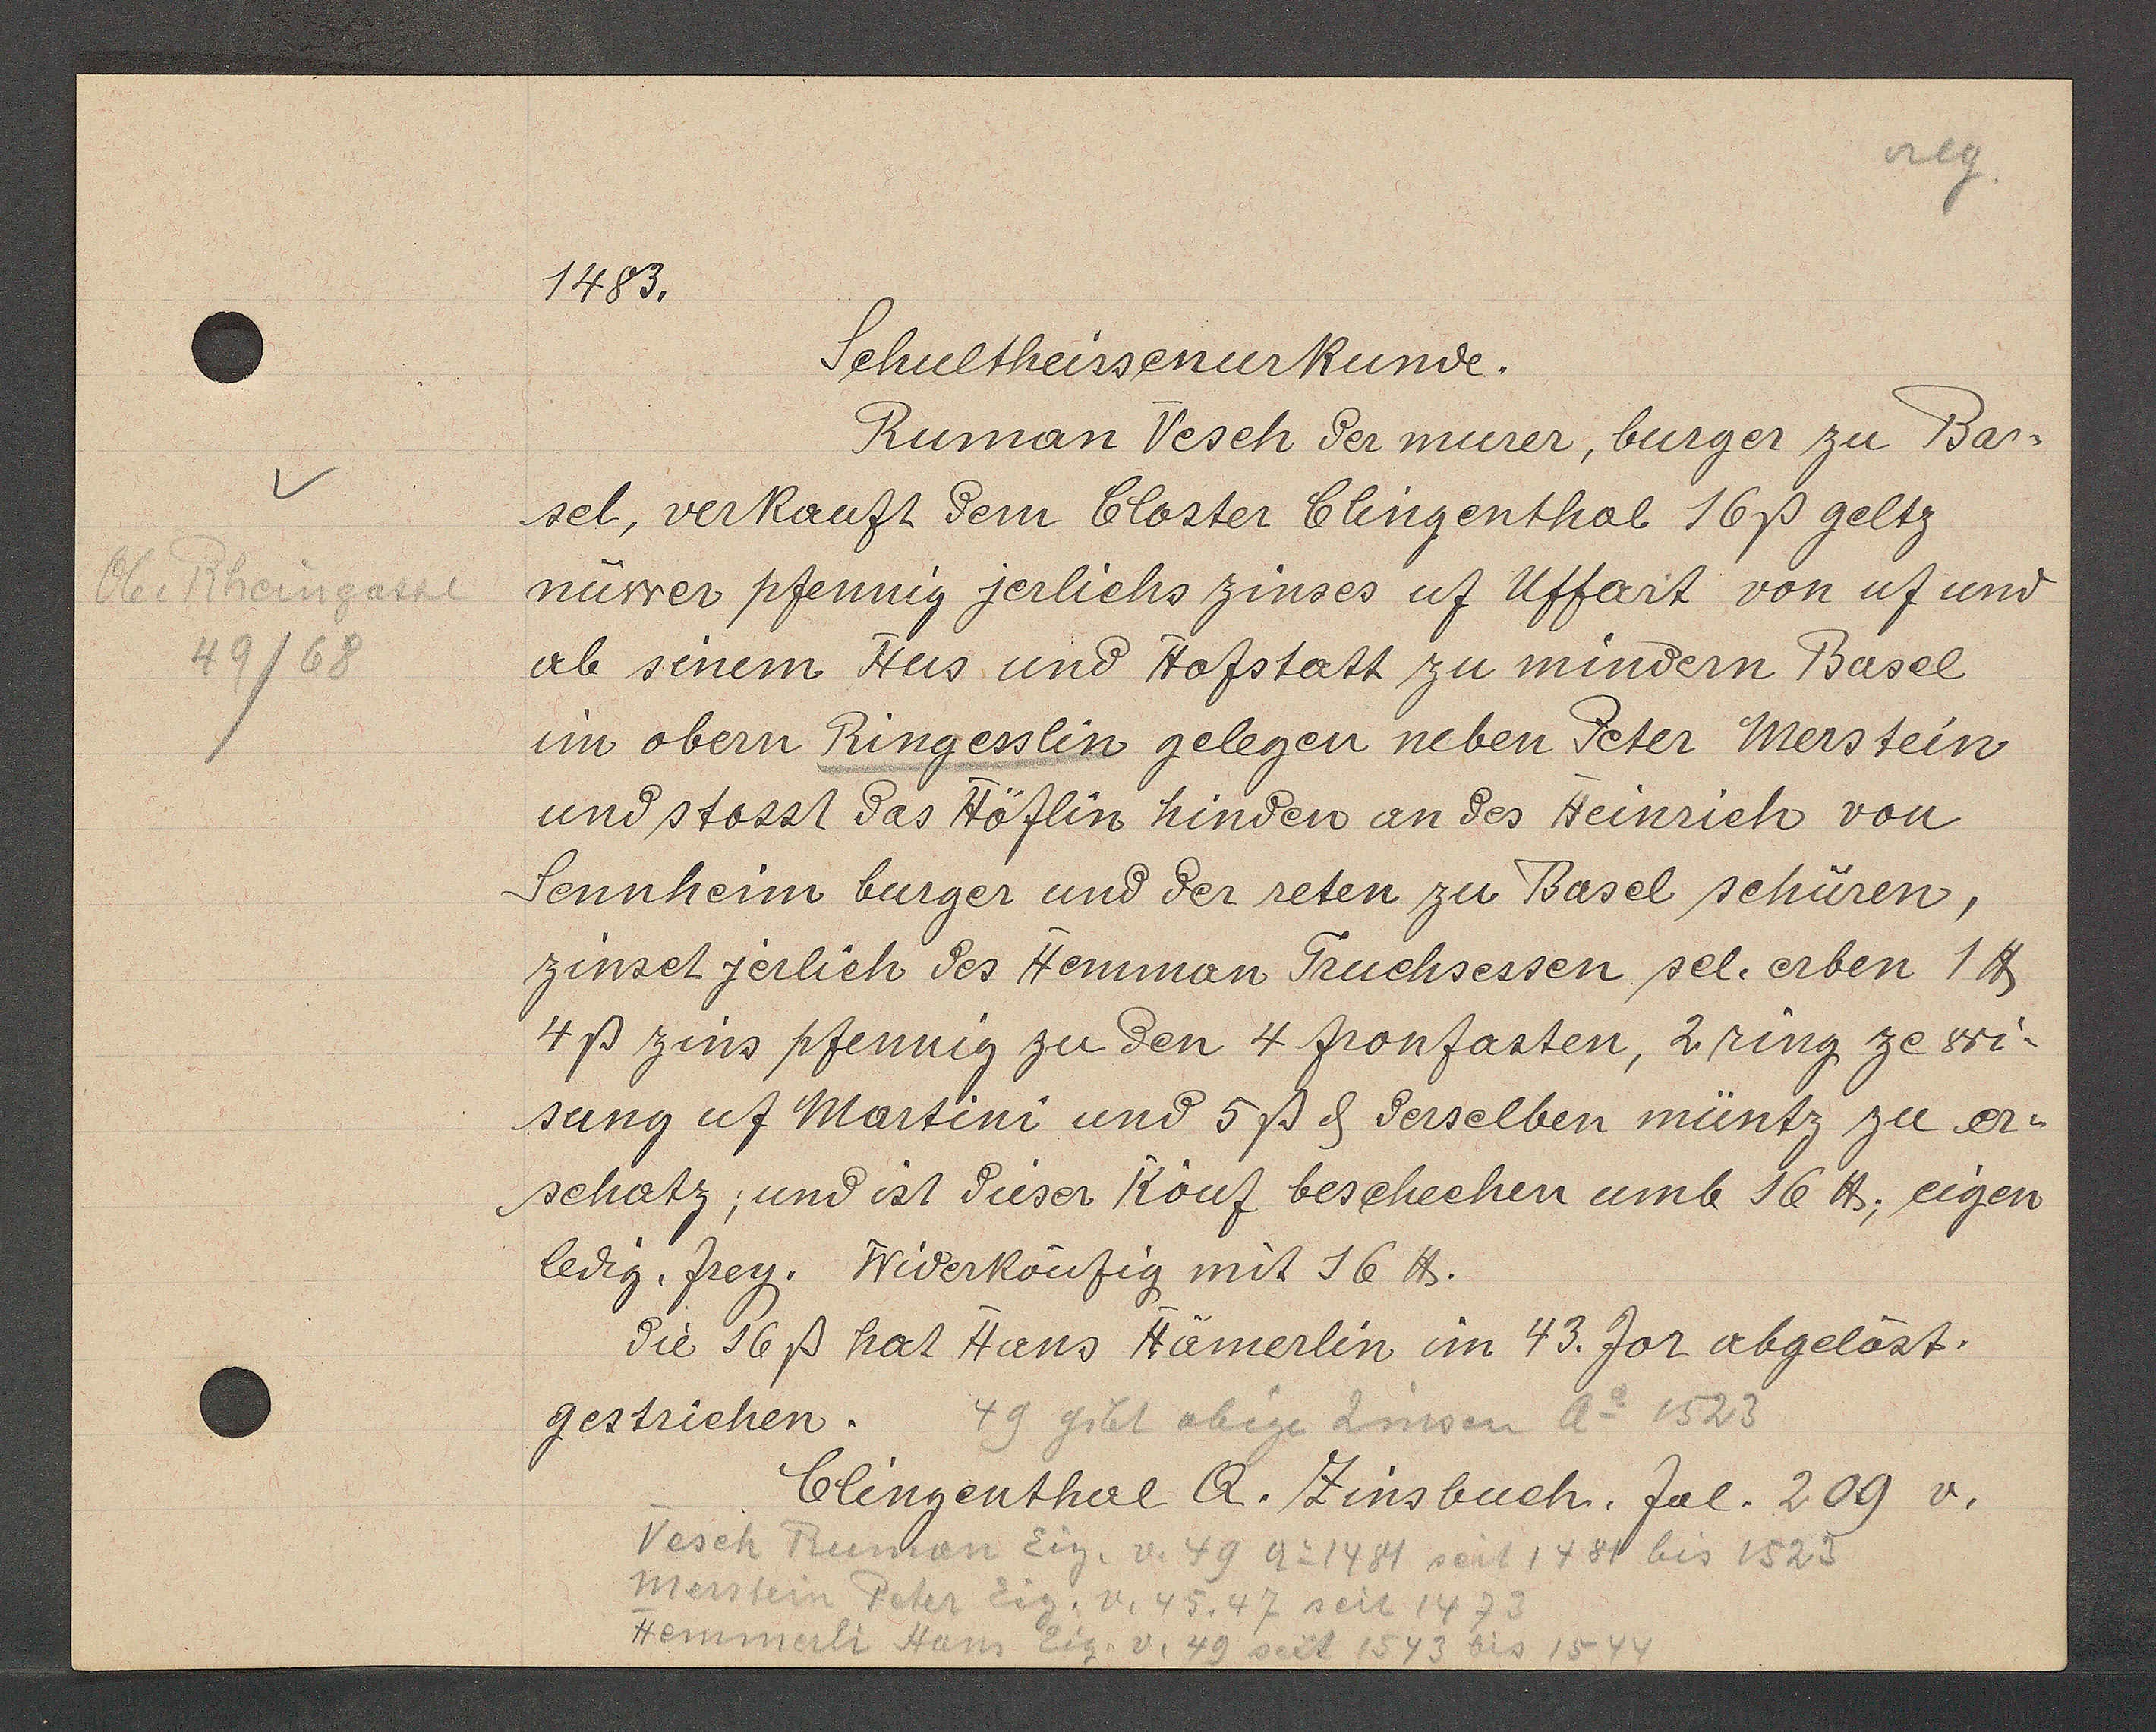
Transcript:
Her Nsengers
19/08

1483.

Schultheissenurkunde.
Ruman Vesch der mürer, burger zu Bar¬
sel, verkauft dem bloster Glingenthal 16ß geltz
nuwer pfenung jerlichs zinses uf Uffart von uf und
ab sinem Hus und Hofstatt zu mindern Basel
in obern Rüngesslin gelegen neben Peter Merstein
und stosst das Höflin hindes an des Heinrich von
Lennheim burger und der reten zu Basel sehüren,
zinset jerlich des Hemman Truchsessen sel. erben 1 ℔
4ß zins pfennin zu den 4 fronfasten, 2ring ze dri¬
sung uf Martini und 5ßd derselben müntz zu er¬
schatz, und ist dieser Kouf beschechen umb 16 ℔, eigen
ledig. frey. Widerköufig mit 16 ℔.
die 16ß hat Hans Hamerlin in I3. Jor abgeläst,
gestrichen.

49 gibt obige Zinsen Ao 1528

Clingenthal A. Zinsbuch. Jol. 209 v.

Vesch Runon Eig. v. 49 Ao 1481 seit 1484 bis 1525
Nterstein Peter Eig. 4. 4 5, 47 seit 1473
Heinmerli Hüns Eig. v. 40 seit 1543 bis 1544